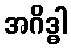
အဂိဒ္ဓါ